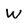
Character: W